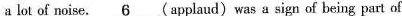
a lot of noise.\underline{6} (applaud) was a sign of being part of